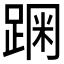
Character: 𰸗